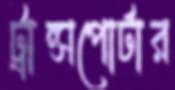
ট্রান্সপোর্টার